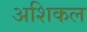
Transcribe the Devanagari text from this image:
अशिकल